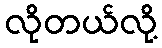
လိုတယ်လို့